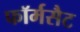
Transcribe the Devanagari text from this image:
फॉर्मसैट